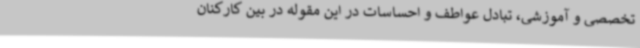
تخصصی و آموزشی، تبادل عواطف و احساسات در این مقوله در بین کارکنان